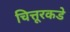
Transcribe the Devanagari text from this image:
चित्तूरकडे